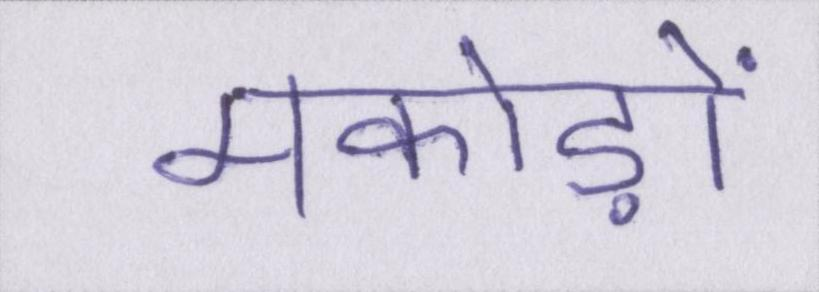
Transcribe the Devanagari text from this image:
मकोड़ों